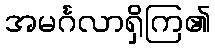
အမင်္ဂလာရှိကြ၏